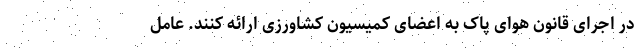
در اجرای قانون هوای پاک به اعضای کمیسیون کشاورزی ارائه کنند. عامل